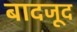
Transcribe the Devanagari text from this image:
बादजूद